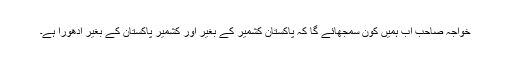
خواجہ صاحب اب ہمیں کون سمجھائے گا کہ پاکستان کشمیر کے بغیر اور کشمیر پاکستان کے بغیر ادھورا ہے۔